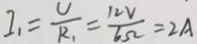
I _ { 1 } = \frac { U } { R _ { 1 } } = \frac { 1 2 V } { 6 \Omega } = 2 A